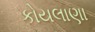
કોયલાણા